system: You are a helpful assistant.
user:
Analyze the provided spectrum to determine if it is a **M-type Giant (gM)**.

A M-type Giant spectrum is defined by its **strong molecular absorption** features, particularly from **Titanium Oxide (TiO)**. You must check for one of the following mutually exclusive signatures:

- **Key Visual Indicators (Absorption-Dominated Spectrum):**

    - **(Primary):** The spectrum is dominated by strong molecular absorption from **Titanium Oxide (TiO)**. This is the **defining feature** of its M-type temperature class.
        - **(Key Bandheads):** Look for sharp, "saw-tooth" absorption valleys. The strongest are located near **~7050 Å**, **~6160 Å**, and **~5170 Å**.
        - **(Line Profile):** The "saw-tooth" morphology is critical: a **sharp, steep drop on the BLUE (short-wavelength) side** of the bandhead, followed by a gradual recovery (rising flux) towards the RED (long-wavelength) side.

    - **(Key Confirmation - Giant vs. Dwarf):** **ABSENCE** of strong **Calcium Hydride (CaH)** molecular bands. This is the primary diagnostic for *excluding* M-dwarfs.
        - **(Key Region):** The spectrum should lack the strong, broad absorption band seen in dwarfs between **~6800 Å and ~7000 Å**.

    - **(Secondary Confirmation - Giant):** A very strong and broad **Neutral Calcium (Ca I)** atomic absorption line.
        - **(Key Line):** Located at **~4226 Å**. In a giant (gM), this line is significantly deeper and broader than the same line in an M-dwarf (dM) due to low surface gravity.

    - **(Overall Spectrum):**
        - The continuum is **extremely red-sloping** (i.e., flux is very low in the blue and rises dramatically towards the red).
        - The entire spectrum appears "chopped up" by the deep TiO bands.

Think first, call **spectral_visualization_tool** if needed to examine features in detail, then provide your final answer. Your response must adhere to the following strict rules:
1.  **Overall Structure:** Your response must follow the format `<think>...</think> <tool_call>...</tool_call> (if a tool is used) <answer>...</answer>`.
2.  **Tool Usage Constraint:** You may only make **one** tool call per turn.
3.  **Final Answer Format:** In the `<answer>` tag, your conclusion must be inside a `\boxed{}` command (e.g., `\boxed{YES}` or `\boxed{NO}`), followed by your justification.

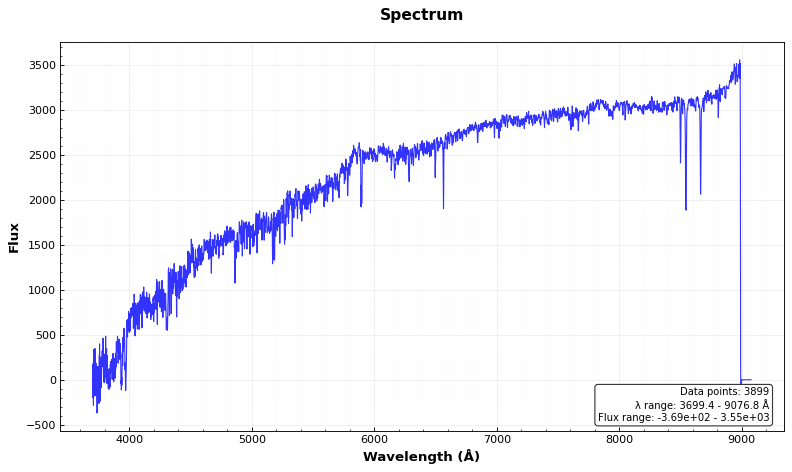
Answer: NO